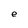
Character: e